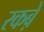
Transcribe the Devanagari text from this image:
रकबे़